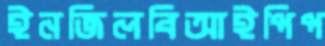
ইনজিলবিআইপিপ